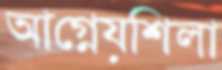
আগ্নেয়শিলা